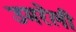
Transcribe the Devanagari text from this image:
उमरेली